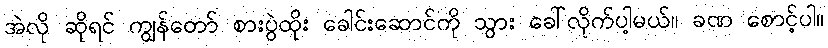
အဲလို ဆိုရင် ကျွန်တော် စားပွဲထိုး ခေါင်းဆောင်ကို သွား ခေါ်လိုက်ပါ့မယ်။ ခဏ စောင့်ပါ။